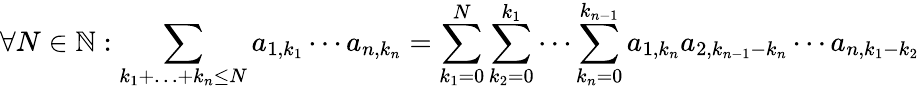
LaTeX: \forall N\in\mathbb{N}:\sum_{k_{1}+\ldots+k_{n}\leq N}a_{1,k_{1}}\cdots a_{n,k_{n}}=\sum_{k_{1}=0}^{N}\sum_{k_{2}=0}^{k_{1}}\cdots\sum_{k_{n}=0}^{k_{n-1}}a_{1,k_{n}}a_{2,k_{n-1}-k_{n}}\cdots a_{n,k_{1}-k_{2}}